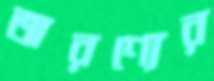
অরণ্যের